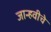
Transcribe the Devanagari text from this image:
जान्हवीचे